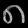
Digit: ၈